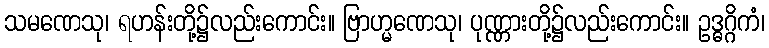
သမဏေသု၊ ရဟန်းတို့၌လည်းကောင်း။ ဗြာဟ္မဏေသု၊ ပုဏ္ဏားတို့၌လည်းကောင်း။ ဥဒ္ဓဂ္ဂိကံ၊